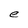
Character: e